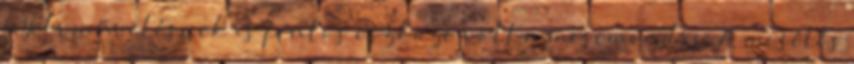
nyelvművelésnek is fontos eszköze volt a mesemondás. A mesélés